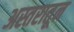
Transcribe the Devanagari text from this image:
अस्तरातून